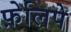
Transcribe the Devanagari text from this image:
फ़ेलिपे